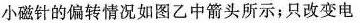
小磁针的偏转情况如图乙中箭头所示；只改变电